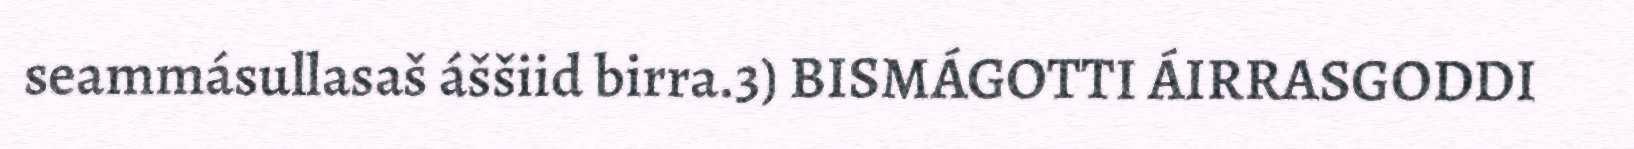
seammásullasaš áššiid birra.3) BISMÁGOTTI ÁIRRASGODDI